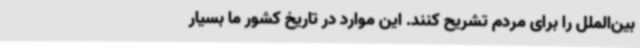
بین‌الملل را برای مردم تشریح کنند. این موارد در تاریخ کشور ما بسیار